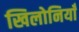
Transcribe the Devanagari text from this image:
खिलोनियाँ